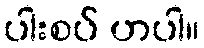
ပါးစပ် ဟပါ။